Report of the Indian Hemp Drugs Commission, 1894-1895 - Volume IV
Year: 1894
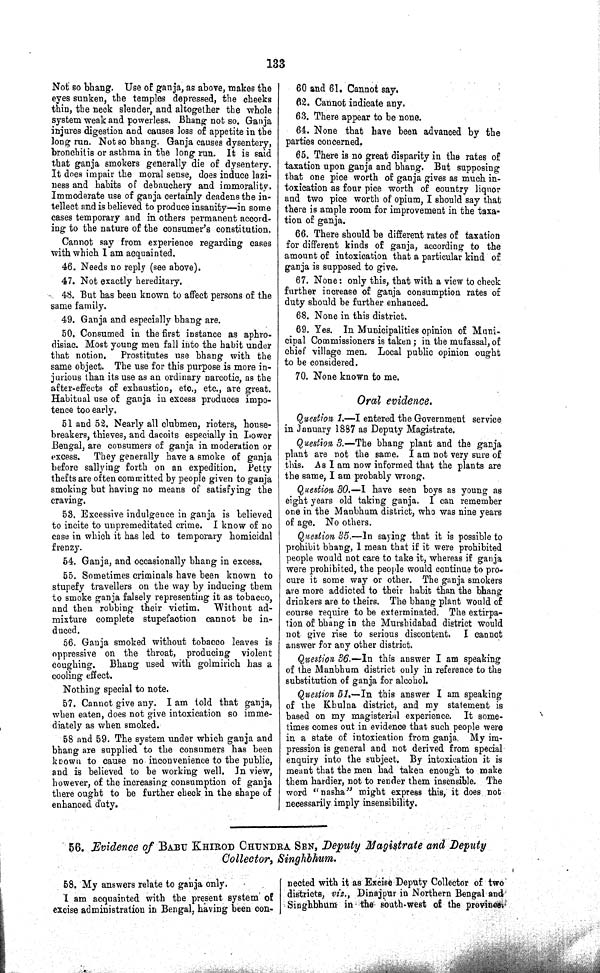
133
Not so bhang. Use of ganja, as above, makes the
eyes sunken, the temples depressed, the cheeks
thin, the neck slender, and altogether the whole
system weak and powerless. Bhang not so. Ganja
injures digestion and causes loss of appetite in the
long run. Not so bhang. Ganja causes dysentery,
bronchitis or asthma in the long run. It is said
that ganja smokers generally die of dysentery.
It does impair the moral sense, does induce lazi¬
ness and habits of debauchery and immorality.
Immoderate use of ganja certainly deadens the in¬
tellect and is believed to produce insanity—in some
cases temporary and in others permanent accord¬
ing to the nature of the consumer's constitution.
Cannot say from experience regarding cases
with which I am acquainted.
46. Needs no reply (see above).
47. Not exactly hereditary.
48. But has been known to affect persons of the
same family.
49. Ganja and especially bhang are.
50. Consumed in the first instance as aphro¬
disiac. Most young men fall into the habit under
that notion. Prostitutes use bhang with the
same object. The use for this purpose is more in¬
jurious than its use as an ordinary narcotic, as the
after-effects of exhaustion, etc., etc., are great.
Habitual use of ganja in excess produces impo¬
tence too early.
51 and 52. Nearly all clubmen, rioters, house¬
breakers, thieves, and dacoits especially in Lower
Bengal, are consumers of ganja in moderation or
excess. They generally have a smoke of ganja
before sallying forth on an expedition. Petty
thefts are often committed by people given to ganja
smoking but having no means of satisfying the
craving.
53. Excessive indulgence in ganja is believed
to incite to unpremeditated crime. I know of no
case in which it has led to temporary homicidal
frenzy.
54. Ganja, and occasionally bhang in excess.
55. Sometimes criminals have been known to
stupefy travellers on the way by inducing them
to smoke ganja falsely representing it as tobacco,
and then robbing their victim. Without ad¬
mixture complete stupefaction cannot be in¬
duced.
56. Ganja smoked without tobacco leaves is
oppressive on the throat, producing violent
coughing. Bhang used with golmirich has a
cooling effect.
Nothing special to note.
57. Cannot give any. I am told that ganja,
when eaten, does not give intoxication so imme¬
diately as when smoked.
58 and 59. The system under which ganja and
bhang are supplied to the consumers has been
known to cause no inconvenience to the public,
and is believed to be working well. In view,
however, of the increasing consumption of ganja
there ought to be further check in the shape of
enhanced duty.
60 and 61. Cannot say.
62. Cannot indicate any.
63. There appear to be none.
64. None that have been advanced by the
parties concerned.
65. There is no great disparity in the rates of
taxation upon ganja and bhang. But supposing
that one pice worth of ganja gives as much in¬
toxication as four pice worth of country liquor
and two pice worth of opium, I should say that
there is ample room for improvement in the taxa¬
tion of ganja.
66. There should be different rates of taxation
for different kinds of ganja, according to the
amount of intoxication that a particular kind of
ganja is supposed to give.
67. None: only this, that with a view to check
further increase of ganja consumption rates of
duty should be further enhanced.
68. None in this district.
69. Yes. In Municipalities opinion of Muni¬
cipal Commissioners is taken; in the mufassal, of
chief village men. Local public opinion ought
to be considered.
70. None known to me.
Oral evidence.
Question 1.—I entered the Government service
in January 1887 as Deputy Magistrate.
Question 3.—The bhang plant and the ganja
plant are not the same. I am not very sure of
this. As I am now informed that the plants are
the same, I am probably wrong.
Question 30.—I have seen boys as young as
eight years old taking ganja. I can remember
one in the Manbhum district, who was nine years
of age. No others.
Question 35.—In saying that it is possible to
prohibit bhang, I mean that if it were prohibited
people would not care to take it, whereas if ganja
were prohibited, the people would continue to pro¬
cure it some way or other. The ganja smokers
are more addicted to their habit than the bhang
drinkers are to theirs. The bhang plant would of
course require to be exterminated. The extirpa¬
tion of bhang in the Murshidabad district would
not give rise to serious discontent. I cannot
answer for any other district.
Question 36.—In this answer I am speaking
of the Manbhum district only in reference to the
substitution of ganja for alcohol.
Question 51.—In this answer I am speaking
of the Kbulna district, and my statement is
based on my magisterial experience. It some¬
times comes out in evidence that such people were
in a state of intoxication from ganja. My im¬
pression is general and not derived from special
enquiry into the subject. By intoxication it is
meant that the men had taken enough to make
them hardier, not to render them insensible. The
word "nasha" might express this, it does not
necessarily imply insensibility.
56. Evidence of BABU KHIROD CHUNDRA SEN, Deputy Magistrate and Deputy
Collector, Singhbhum.
58. My answers relate to ganja only.
I am acquainted with the present system of
excise administration in Bengal, having been con¬
nected with it as Excise Deputy Collector of two
districts, viz., Dinajpur in Northern Bengal and
Singhbhum in the south-west of the province.